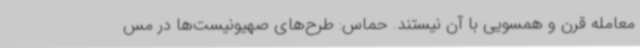
معامله قرن و همسویی با آن نیستند. حماس: طرح‌های صهیونیست‌ها در مس